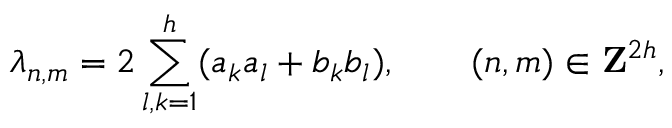
\lambda _ { n , m } = 2 \sum _ { l , k = 1 } ^ { h } ( a _ { k } a _ { l } + b _ { k } b _ { l } ) , \qquad ( n , m ) \in { \bf Z } ^ { 2 h } ,